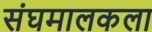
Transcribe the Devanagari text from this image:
संघमालकला